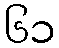
၆၁